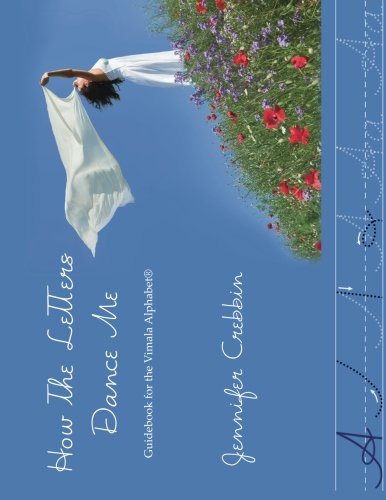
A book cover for How the Letters Dance Me: Guidebook for the Vimala Alphabet; Jennifer Crebbin; Self-Help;